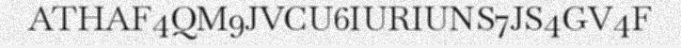
ATHAF4QM9JVCU6IURIUNS7JS4GV4F